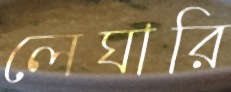
লেঘারি